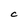
Character: C